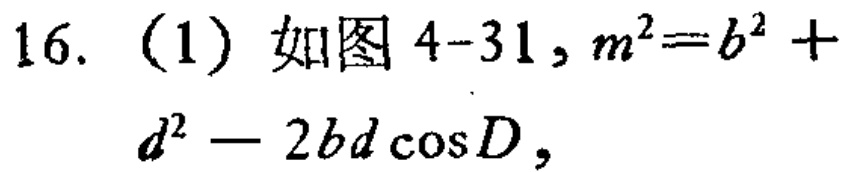
16. （1）如图4-31, \(m^{2}=b^{2}+d^{2}-2bd\cos D\)，